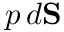
{ } \, p \, d \mathbf { S }